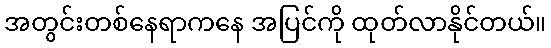
အတွင်းတစ်နေရာကနေ အပြင်ကို ထုတ်လာနိုင်တယ်။